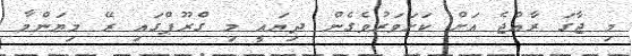
މި ޖާގަ ރާއްޖެ އަށް ކަށަވަރުވެގެން ދިޔައީ މި ގްރޫޕްގައި ރޭ މިޔަންމާ